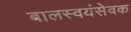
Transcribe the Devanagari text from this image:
बालस्वयंसेवक